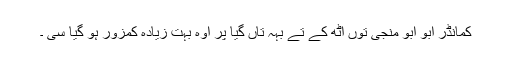
کمانڈر ابو ابو منجی توں اٹھ کے تے بہہ تاں گیا پر اوہ بہت زیادہ کمزور ہو گیا سی ۔